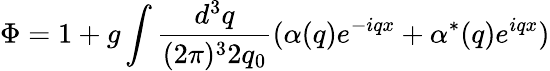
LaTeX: \Phi=1+g\int\frac{d^{3}q}{(2\pi)^{3}2q_{0}}(\alpha(q)e^{-iqx}+\alpha^{*}(q)e^{iqx})